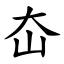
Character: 㞭